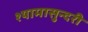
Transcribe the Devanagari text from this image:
श्यामासुन्दरी